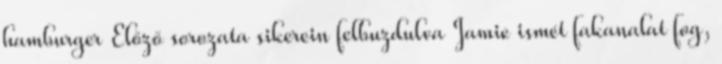
hamburger Előző sorozata sikerein felbuzdulva Jamie ismét fakanalat fog,